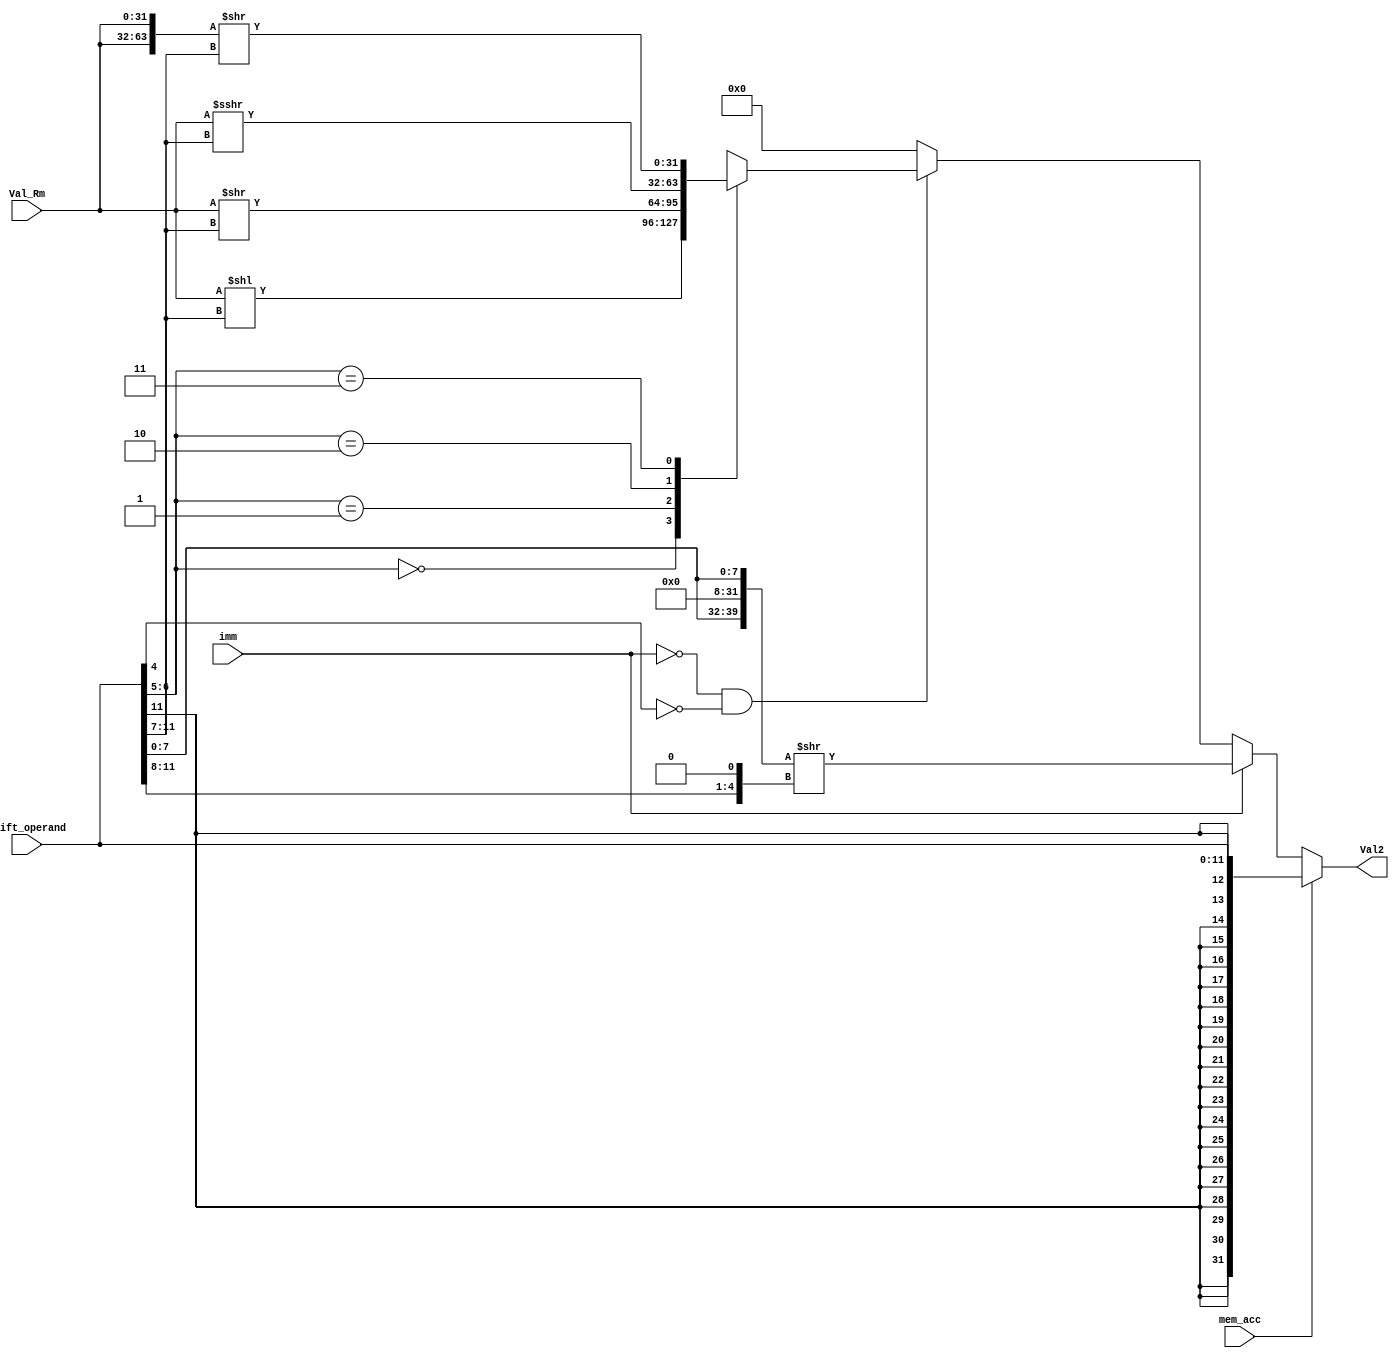
module Val2_Generator(
  input[31:0] Val_Rm,
  input[11:0] Shift_operand,
  input imm,
  input mem_acc,

  output reg[31:0] Val2
);

reg [63:0] tmp;

always @(Val_Rm, Shift_operand, imm, mem_acc) begin
  Val2 = 32'b0;
  tmp = 0;
  if (mem_acc == 1'b0) begin
    if (imm == 1'b1) begin
      Val2 = {24'b0 ,Shift_operand[7:0]};
      tmp = {Val2, Val2} >> (({{2'b0},Shift_operand[11:8]}) << 1);
      Val2 = tmp[31:0];
    end
    else if(imm == 1'b0 && Shift_operand[4] == 0) begin
      case(Shift_operand[6:5])
        2'b00 : begin
          Val2 = Val_Rm << Shift_operand[11:7];
        end
        2'b01 : begin
          Val2 = Val_Rm >> Shift_operand[11:7];
        end
        2'b10 : begin
          Val2 = Val_Rm >>> Shift_operand[11:7];
        end
        2'b11 : begin
          tmp = {Val_Rm, Val_Rm} >> (Shift_operand[11:7]);
          Val2 = tmp[31:0];
        end
      endcase
    end
  end
  else //is mem_command
    begin
      Val2 = { {20{Shift_operand[11]}} , Shift_operand[11:0]};
    end
 end

endmodule